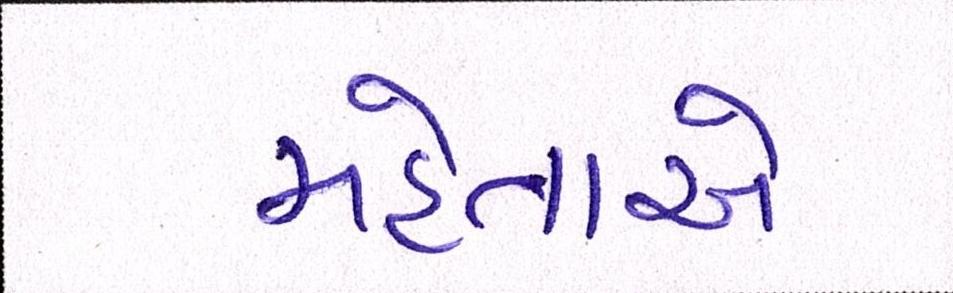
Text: મહેતાએ